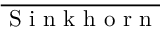
\overline { { \mathrm { ~ S ~ i ~ n ~ k ~ h ~ o ~ r ~ n ~ } } }